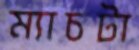
ম্যাচটা